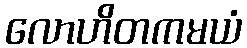
လောဟိတကမယံ